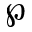
\wp